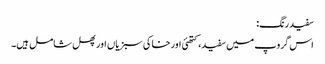
سفید رنگ:
اس گروپ میں سفید، کتھئی اور خاکی سبزیاں اور پھل شامل ہیں۔